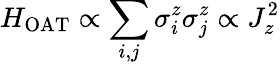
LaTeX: H_{\textrm{OAT}}\propto\sum_{i,j}\sigma_{i}^{z}\sigma_{j}^{z}\propto J_{z}^{2}